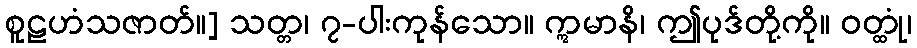
စူဠဟံသဇာတ်။] သတ္တ၊ ၇-ပါးကုန်သော။ ဣမာနိ၊ ဤပုဒ်တို့ကို။ ဝတ္ထုံ၊